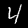
Digit: 4